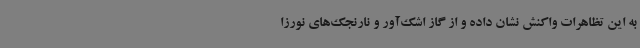
به این تظاهرات واکنش نشان داده و از گاز اشک‌آور و نارنجک‌های نورزا